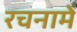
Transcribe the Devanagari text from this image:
रचनामें